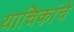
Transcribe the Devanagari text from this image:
याचिकांचे